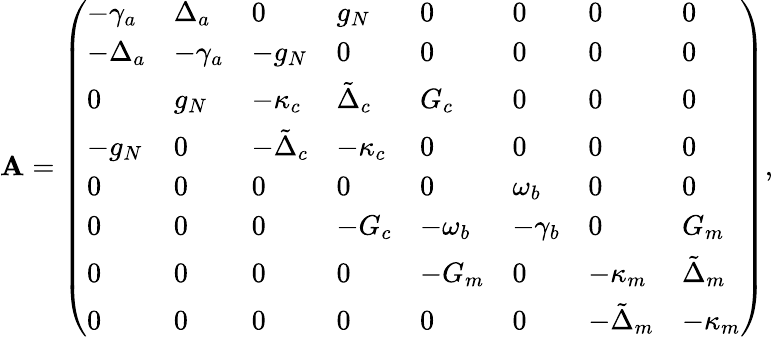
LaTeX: \mathbf{A}=\left(\begin{array}{llllllll}{-\gamma_{a}}&{\Delta_{a}}&{0}&{g_{N}}&{0}&{0}&{0}&{0}\\ {-\Delta_{a}}&{-\gamma_{a}}&{-g_{N}}&{0}&{0}&{0}&{0}&{0}\\ {0}&{g_{N}}&{-\kappa_{c}}&{\tilde{\Delta}_{c}}&{G_{c}}&{0}&{0}&{0}\\ {-g_{N}}&{0}&{-\tilde{\Delta}_{c}}&{-\kappa_{c}}&{0}&{0}&{0}&{0}\\ {0}&{0}&{0}&{0}&{0}&{\omega_{b}}&{0}&{0}\\ {0}&{0}&{0}&{-G_{c}}&{-\omega_{b}}&{-\gamma_{b}}&{0}&{G_{m}}\\ {0}&{0}&{0}&{0}&{-G_{m}}&{0}&{-\kappa_{m}}&{\tilde{\Delta}_{m}}\\ {0}&{0}&{0}&{0}&{0}&{0}&{-\tilde{\Delta}_{m}}&{-\kappa_{m}}\end{array}\right),